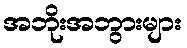
အဘိုးအဘွားများ